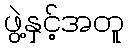
ဖွဲ့နှင့်အတူ